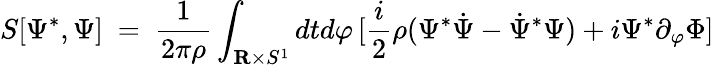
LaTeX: S[\Psi^{*},\Psi]\ =\ {\frac{1}{2\pi\rho}}\int_{{\mathbf R}\times S^{1}}dtd\varphi\, [{\frac{i}{2}}\rho(\Psi^{*}{\dot{\Psi}}-{\dot{\Psi}}^{*}\Psi)+i\Psi^{*}\partial_{\varphi}\Phi]